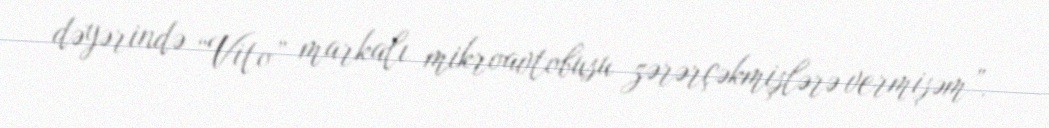
dəyərində “Vito” markalı mikroavtobusu zərərçəkmişlərə vermişəm”.